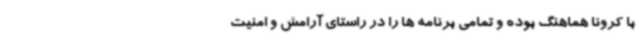
با کرونا هماهنگ بوده و تمامی برنامه ها را در راستای آرامش و امنیت